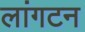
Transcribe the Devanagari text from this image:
लांगटन